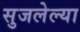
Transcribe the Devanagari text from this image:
सुजलेल्या